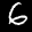
Label: 6